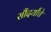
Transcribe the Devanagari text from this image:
सौंदर्यांचे